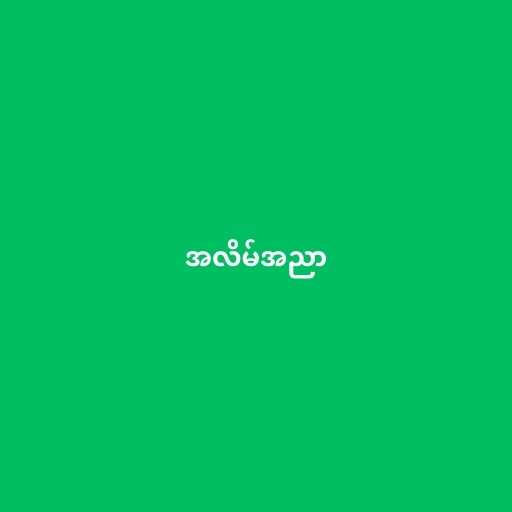
အလိမ်အညာ